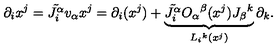
\partial _ { i } x ^ { j } = \tilde { J _ { i } ^ { \alpha } } v _ { \alpha } x ^ { j } = \partial _ { i } ( x ^ { j } ) + \underbrace { \tilde { J _ { i } ^ { \alpha } } O _ { \alpha } { } ^ { \beta } ( x ^ { j } ) J _ { \beta } { } ^ { k } } _ { L _ { i } { } ^ { k } ( x ^ { j } ) } \partial _ { k } .